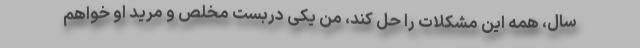
سال، همه این مشکلات را حل کند، من یکی دربست مُخلص و مرید او خواهم